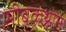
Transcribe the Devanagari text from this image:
सीबकथ्रोन